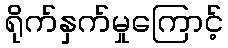
ရိုက်နှက်မှုကြောင့်